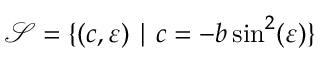
\mathcal { S } = \{ ( c , \varepsilon ) \mid c = - b \sin ^ { 2 } ( \varepsilon ) \}